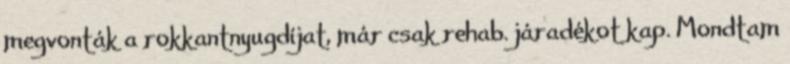
megvonták a rokkantnyugdíjat, már csak rehab. járadékot kap. Mondtam